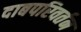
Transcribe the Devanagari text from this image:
दाबपरिवर्तन